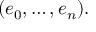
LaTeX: ( e _ { 0 } , \dots , e _ { n } ) .